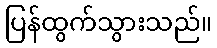
ပြန်ထွက်သွားသည်။